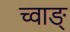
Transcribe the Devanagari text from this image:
च्वाङ्